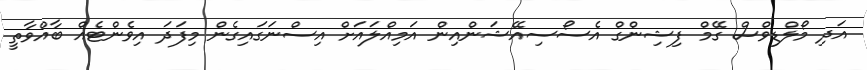
އަދި މޯލްޑިވްސް ގޭމް ފިޝިންގް އެސޯސިއޭޝަންއިން އަމިއްލައަށް އިސްނަގައިގެން މިފަދަ އިވެންޓެއް ބާއްވާތީ